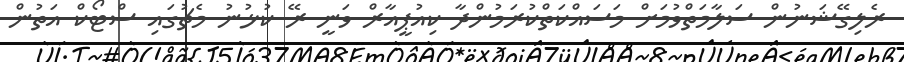
ރެލިގޭޝަނުން ސަލާމަތްވުމަށް މަސައްކަތްކުރަމުންދާ ކިއުޕީއާރް ވަނީ ރޭ ކުޅުނު މެޗުގައި ސްޓޯކް އަތުން